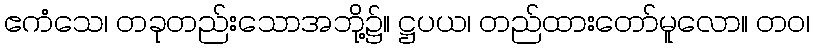
ဧကံသေ၊ တခုတည်းသောအဘို့၌။ ဋ္ဌပယ၊ တည်ထားတော်မူလော။ တဝ၊